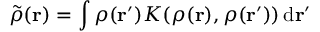
\tilde { \rho } ( \mathbf { r } ) = \int \rho ( \mathbf { r } ^ { \prime } ) K ( \rho ( \mathbf { r } ) , \rho ( \mathbf { r } ^ { \prime } ) ) \, \mathrm { d \mathbf { r } ^ { \prime } }